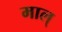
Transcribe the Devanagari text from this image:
माल्